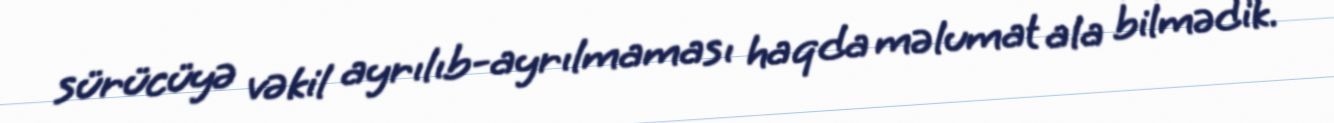
sürücüyə vəkil ayrılıb-ayrılmaması haqda məlumat ala bilmədik.